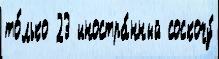
то́лько 23 иностра́нный соскочу́